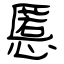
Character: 慝